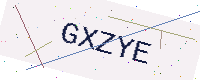
Text: GXZYE